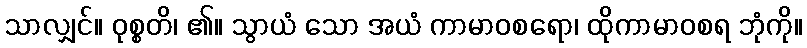
သာလျှင်။ ဝုစ္စတိ၊ ၏။ သွာယံ သော အယံ ကာမာဝစရော၊ ထိုကာမာဝစရ ဘုံကို။